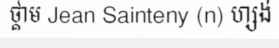
ថ្គាម Jean Sainteny (n) ហ្សង់